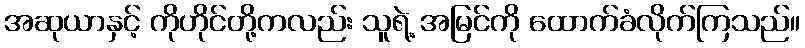
အဆုယာနှင့် ကိုဟိုင်တို့ကလည်း သူရဲ့ အမြင်ကို ထောက်ခံလိုက်ကြသည်။